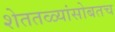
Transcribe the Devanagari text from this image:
शेततळ्यांसोबतच